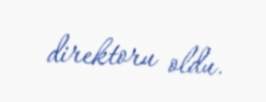
direktoru oldu.